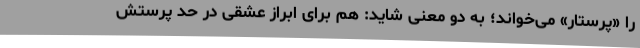
را «پرستار» می‌خواند؛ به دو معنی شاید: هم برای ابراز عشقی در حد پرستش